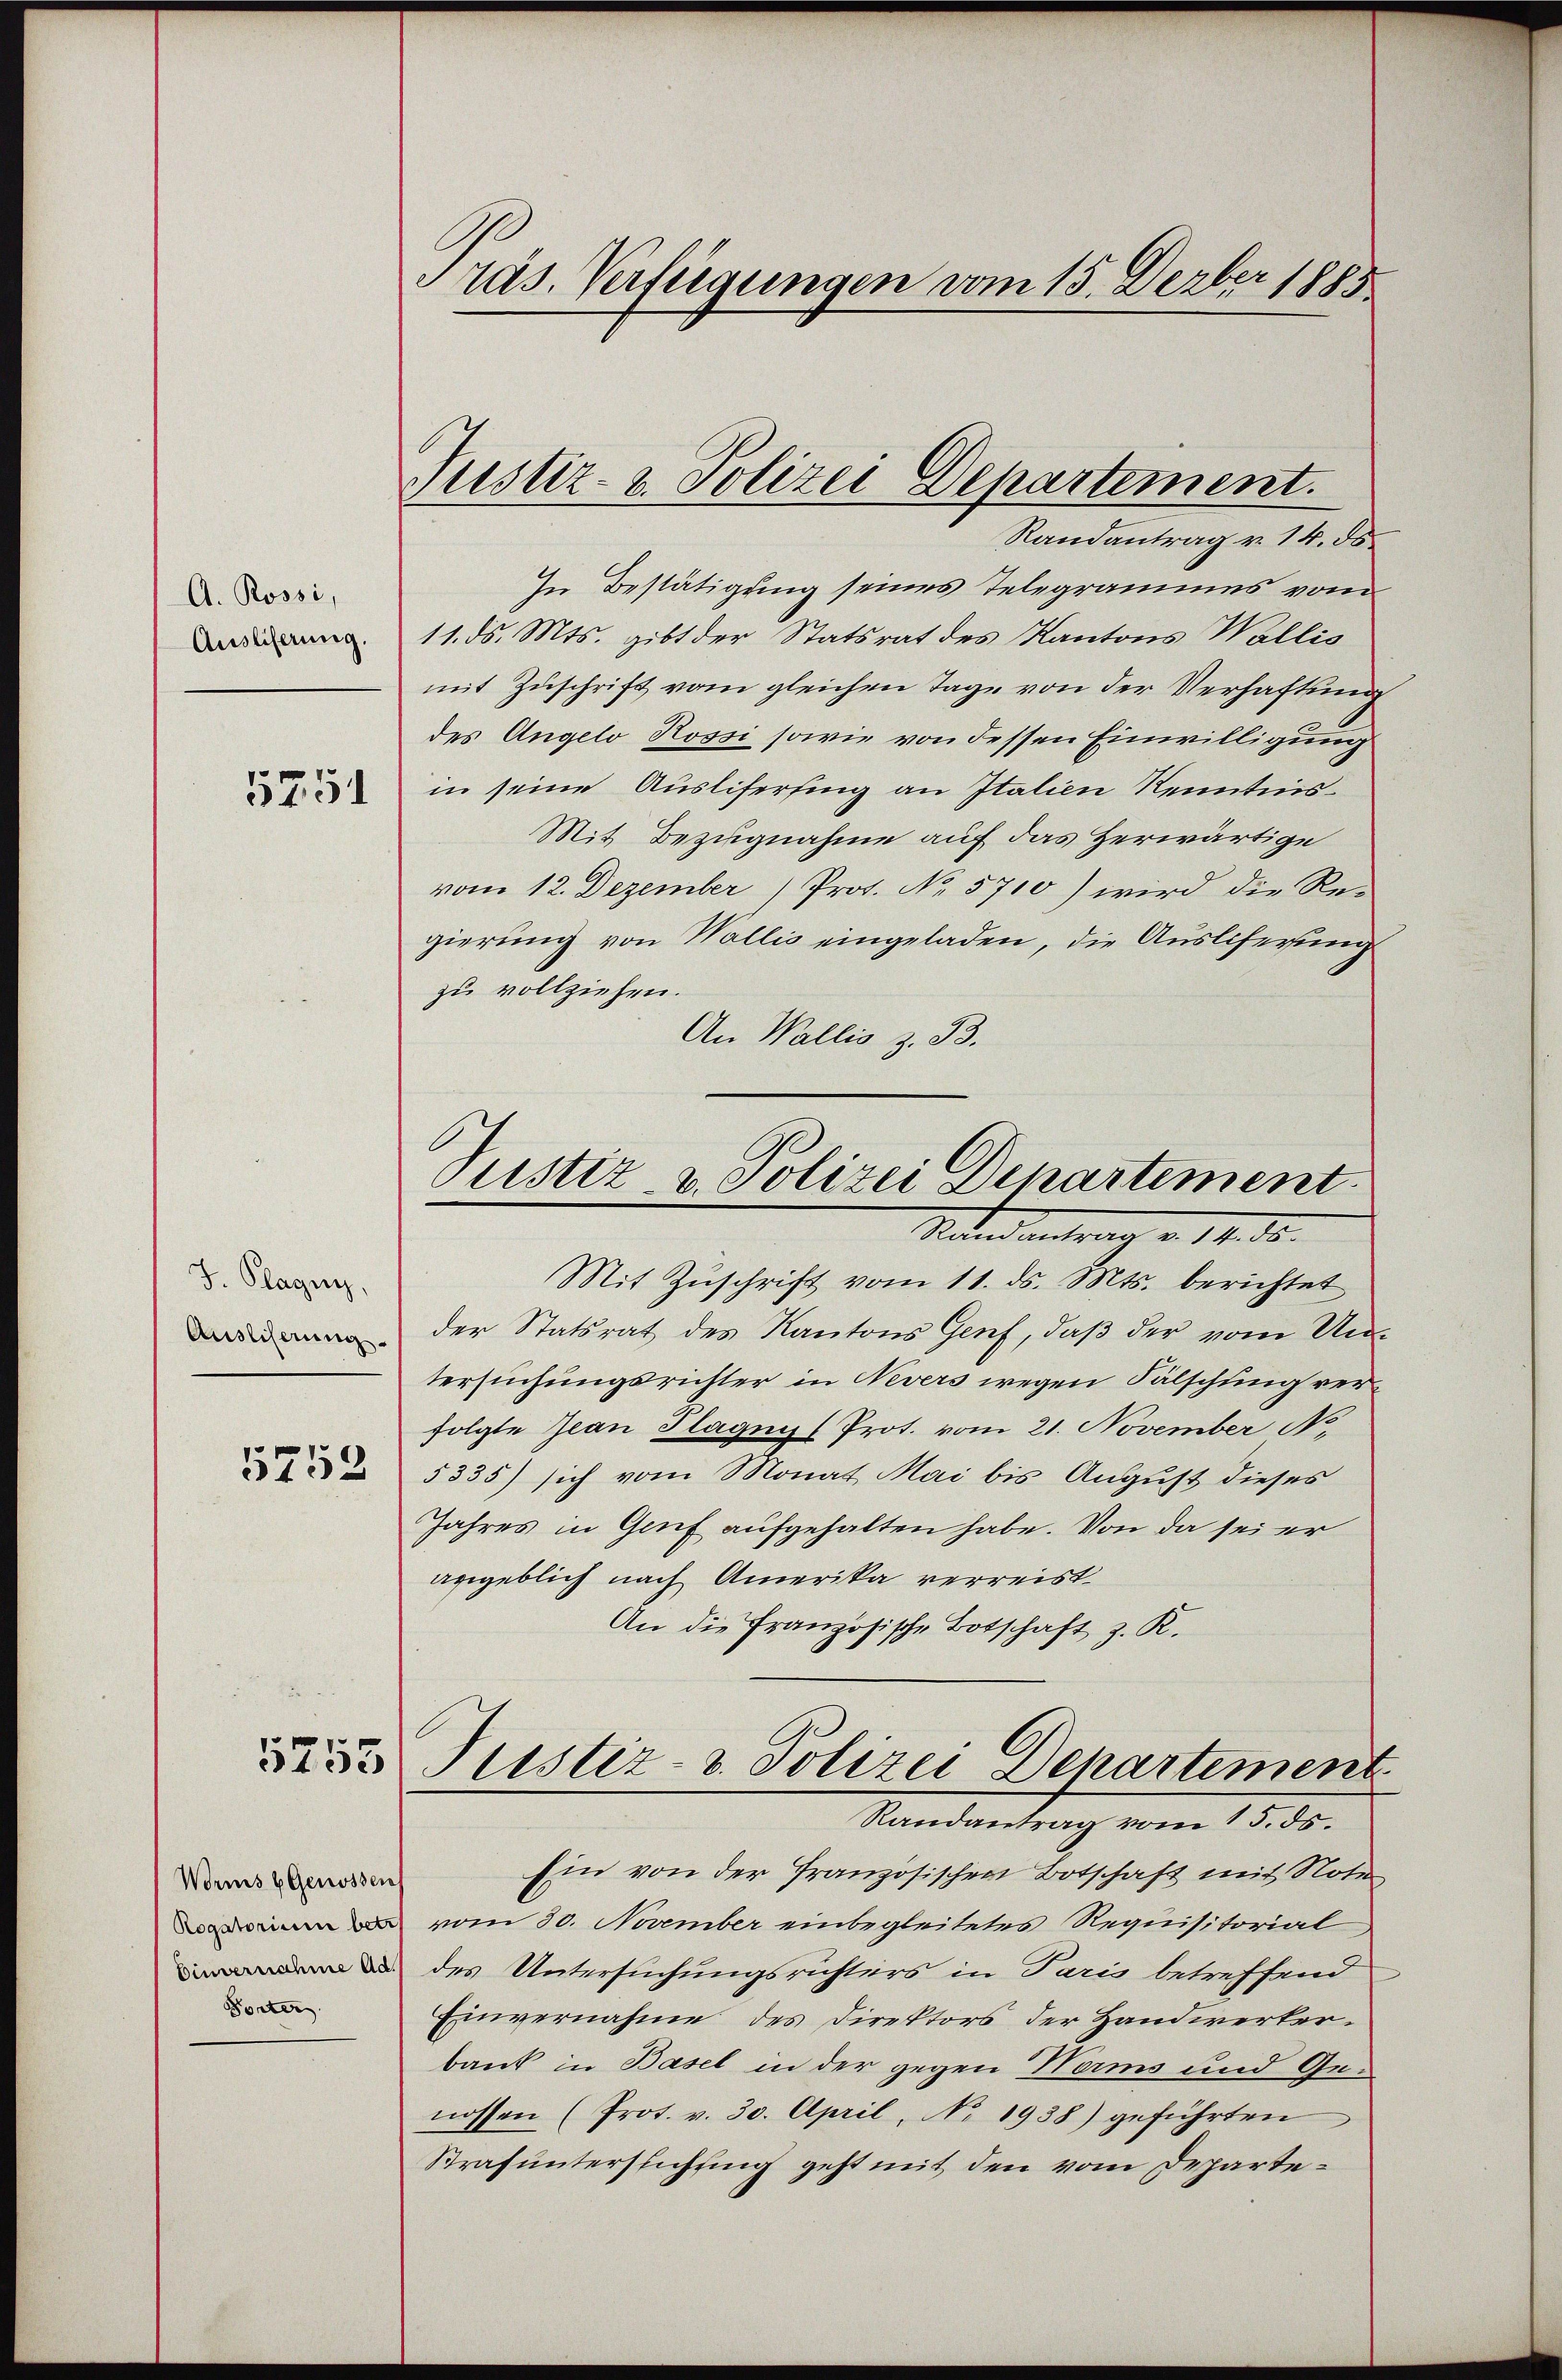
A. Rossi,
Auslieferung.

5751

J. Plagen,
Ausliserung

5752

Worms (Genossen
Rogatorium betr
Einvernahme Ad
Torter

Pras. Verfügungen vom 15. Derber 1885

Justiz- & Polizei Departement.

Randantrag v. 14. ds.
In Bestätigung seines Telegramms vom
11. ds. Mts. gibt der Statsrat des Kantons Wallis
mit Zuschrift vom gleichen Tage von der Verhaftung
des Angelo Rossi sowie von dessen Einwilligung
in seine Auslifersing an Italien Kenntnis¬
Mit Bezugnahme auf das Herwärtige
vom 12. Dezember) Prot. No. 5710) wird die Re-
gierung von Wallis eingeladen, die Auslieferung
zu vollziehen.
An Wallis z. B.
Justiz & Polizei Departement.
Mater           14. d.
Mit Zŭschrift vom 11. ds. Mts. berichtet
der Statsrat des Kantons Genf, daß der vom Untersuchungsrichter in Nevers wegen Fälschung verfolgte Jean Plagen (Prot. vom 21. November No
5335) sich vom Monat Mai bis August dieses
Jahres in Genf aufgehalten habe. Von da sei er
angeblich nach Amerika verreist.
An die Französische Botschaft z. K.

5 des Justiz- & Polizei Departement
Randantrag vom 15. ds.

Ein von der französischen Botschaft mit Note
vom 30. November einbegleitetes Requisitorial
des Untersuchungsrichters in Paris betreffend
Einvernahme des Direktors der Handwerker.
bank in Basel in der gegen Norms und Genossen (Prot. v. 30. April, No 1938) geführten
Strafunterstichung geht mit den vom Departe¬